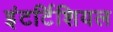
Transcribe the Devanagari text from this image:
इंटर्टिशियल